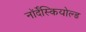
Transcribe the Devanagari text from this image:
नॉर्देंस्कियोल्ड